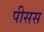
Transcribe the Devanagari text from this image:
पीसस